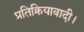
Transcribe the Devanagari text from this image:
प्रतिक्रियावादी।